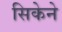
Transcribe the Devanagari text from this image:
सिकेने